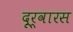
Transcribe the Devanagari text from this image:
दूर्वारस